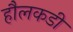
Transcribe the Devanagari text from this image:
हौलकडी